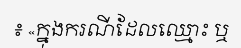
៖ «ក្នុងករណីដែលឈ្មោះ ឬ